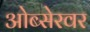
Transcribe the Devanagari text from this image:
ओब्सेरवर